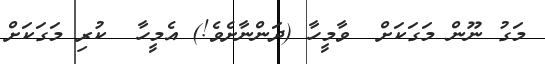
މަގު ނޫން މަގަކަށް  ވާމީހާ (ދަންނާށެވެ!) އެމީހާ  ކުރި މަގަކަށް